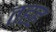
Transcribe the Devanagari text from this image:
तहह